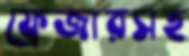
ফ্রেজারসহ